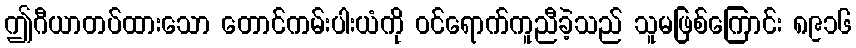
ဤဂီယာတပ်ထားသော တောင်ကမ်းပါးယံကို ဝင်ရောက်ကူညီခဲ့သည် သူမဖြစ်ကြောင်း ၈၉၁၆